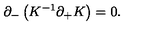
\partial _ { - } \left( K ^ { - 1 } \partial _ { + } K \right) = 0 .